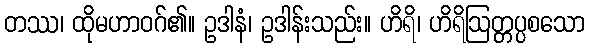
တဿ၊ ထိုမဟာဝဂ်၏။ ဥဒါနံ၊ ဥဒါန်းသည်း။ ဟိရိ၊ ဟိရိဩတ္တပ္ပစသော